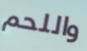
واللحم